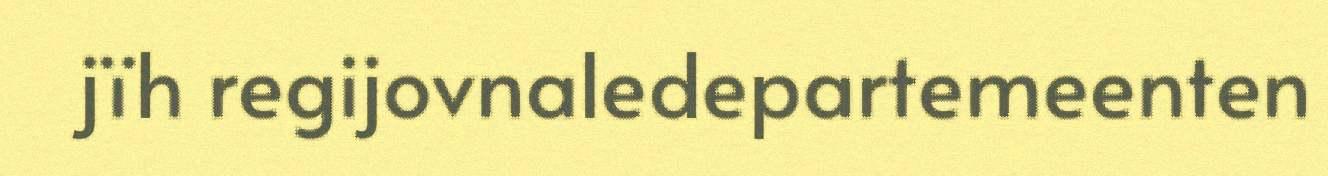
jïh regijovnaledepartemeenten